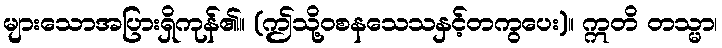
များသောအပြားရှိကုန်၏။ (ဤသို့ဝစနသေသနှင့်တကွပေး)။ ဣတိ တသ္မာ၊